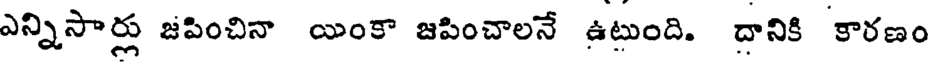
ఎన్నిసార్లు జపించినా యింకా జపించాలనే ఉటుంది. దానికి కారణం